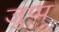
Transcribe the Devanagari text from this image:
जुप्प